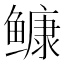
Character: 𩾌